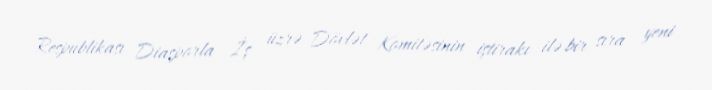
Respublikası Diasporla İş üzrə Dövlət Komitəsinin iştirakı ilə bir sıra yeni